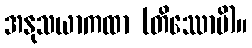
အနုသယာကထာ (တိဿောပိ)။